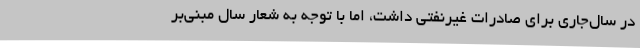
در سال‌جاری برای صادرات غیرنفتی داشت، اما با توجه به شعار سال مبنی‌بر